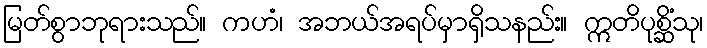
မြတ်စွာဘုရားသည်။ ကဟံ၊ အဘယ်အရပ်မှာရှိသနည်း။ ဣတိပုစ္ဆိံသု၊